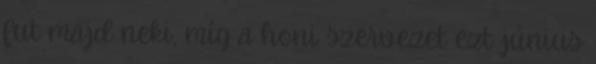
fut majd neki, míg a honi szervezet ezt június